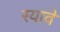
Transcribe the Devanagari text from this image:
स्यावे